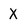
Character: X